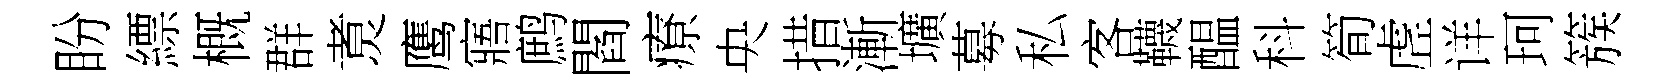
盼縹概群煑鹰寤鹧閻療央措漸壙募私客韈醖科筍虗详珂簇